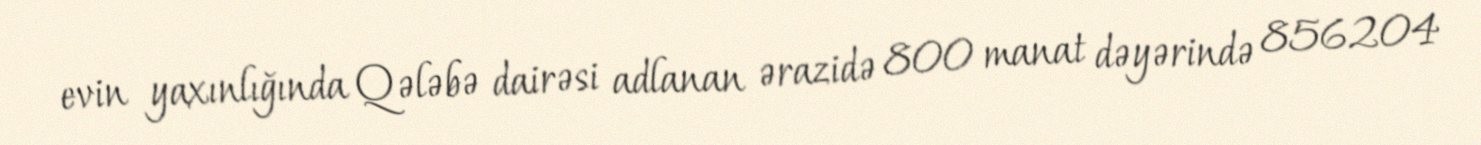
evin yaxınlığında Qələbə dairəsi adlanan ərazidə 800 manat dəyərində 856204